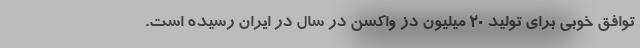
توافق خوبی برای تولید ۲۰ میلیون دُز واکسن در سال در ایران رسیده است.